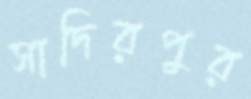
সাদিরপুর